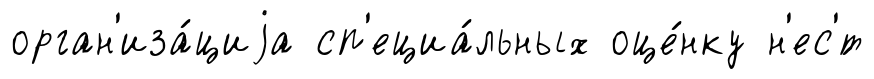
орган'иза́циjа сп'ециа́льных оце́нку н'ес'́т